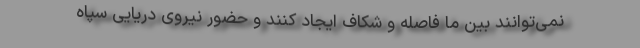
نمی‌توانند بین ما فاصله و شکاف ایجاد کنند و حضور نیروی دریایی سپاه